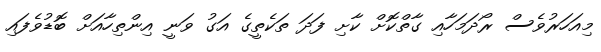
މިއަހަރުވެސް ރޯދަމަހާއި ގާތްކޮށް ކާށި ފަދަ ތަކެތީގެ އަގު ވަނީ އިންތިހާއަށް ބޮޑުވެފައި